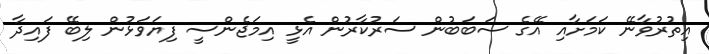
އިތުރުވާނޭ ކަމަށާއި އޭގެ ސަބަބުން ސަރުކާރުން އެޅީ އިމަޖެންސީ ފިޔަވަޅުން ލިބޭ ފައިދާ